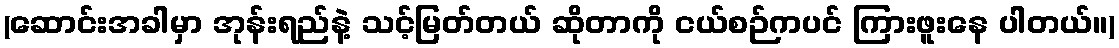
(ဆောင်းအခါမှာ အုန်းရည်နဲ့ သင့်မြတ်တယ် ဆိုတာကို ငယ်စဉ်ကပင် ကြားဖူးနေ ပါတယ်။)